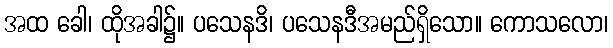
အထ ခေါ၊ ထိုအခါ၌။ ပသေနဒိ၊ ပသေနဒီအမည်ရှိသော။ ကောသလော၊